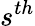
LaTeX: s^{th}